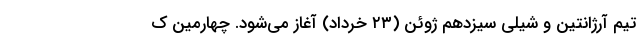
تیم آرژانتین و شیلی سیزدهم ژوئن (۲۳ خرداد) آغاز می‌شود. چهارمین ک